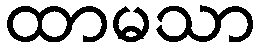
ထာမသာ